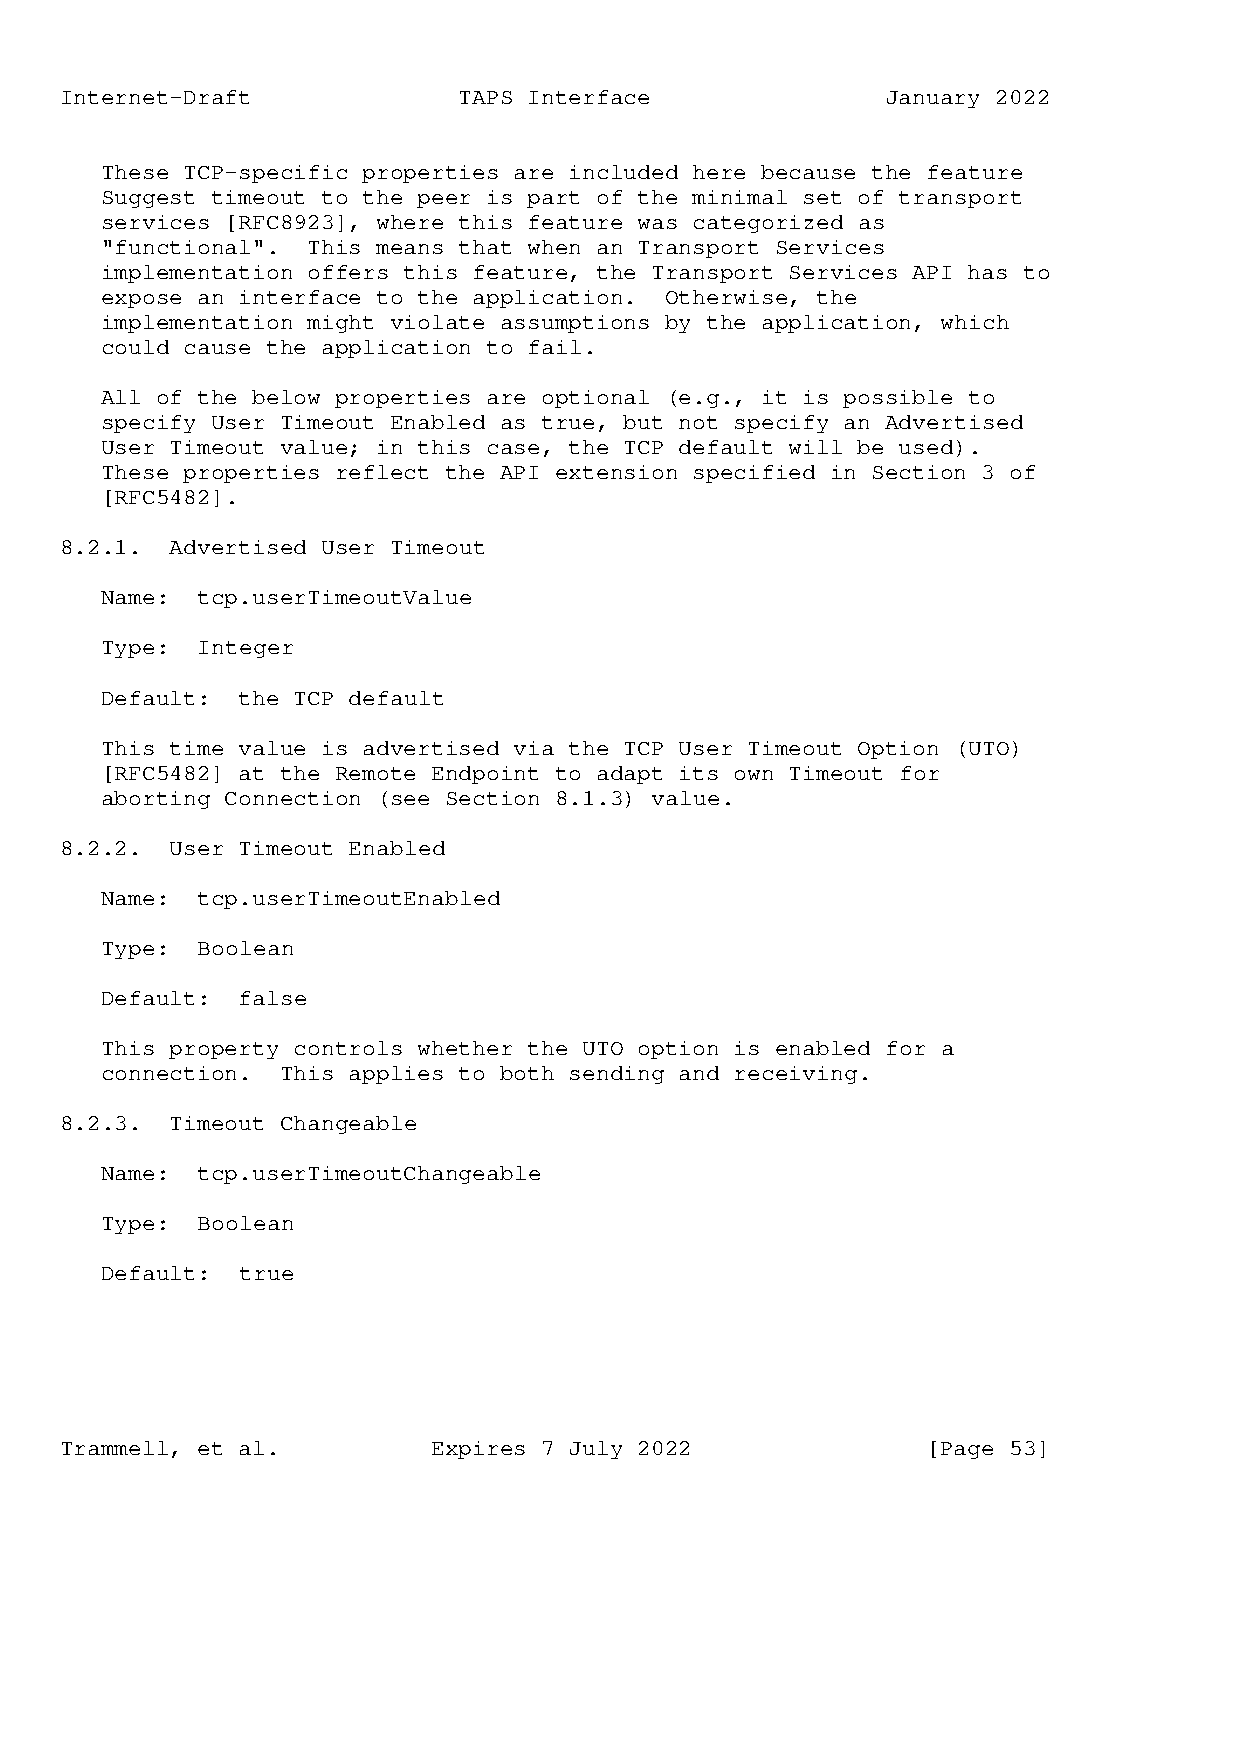
Internet-Draft            TAPS Interface               January 2022
 These TCP-specific properties are included here because the feature
 Suggest timeout to the peer is part of the minimal set of transport
 services [RFC8923], where this feature was categorized as
 "functional". This means that when an Transport Services
 implementation offers this feature, the Transport Services API has to
 expose an interface to the application. Otherwise, the
 implementation might violate assumptions by the application, which
 could cause the application to fail.
 All of the below properties are optional (e.g., it is possible to
 specify User Timeout Enabled as true, but not specify an Advertised
 User Timeout value; in this case, the TCP default will be used).
 These properties reflect the API extension specified in Section 3 of
 [RFC5482].
 8.2.1. Advertised User Timeout
 Name: tcp.userTimeoutValue
 Type: Integer
 Default: the TCP default
 This time value is advertised via the TCP User Timeout Option (UTO)
 [RFC5482] at the Remote Endpoint to adapt its own Timeout for
 aborting Connection (see Section 8.1.3) value.
 8.2.2. User Timeout Enabled
 Name: tcp.userTimeoutEnabled
 Type: Boolean
 Default: false
 This property controls whether the UTO option is enabled for a
 connection. This applies to both sending and receiving.
 8.2.3. Timeout Changeable
 Name: tcp.userTimeoutChangeable
 Type: Boolean
 Default: true
 Trammell, et al.         Expires 7 July 2022             [Page 53]